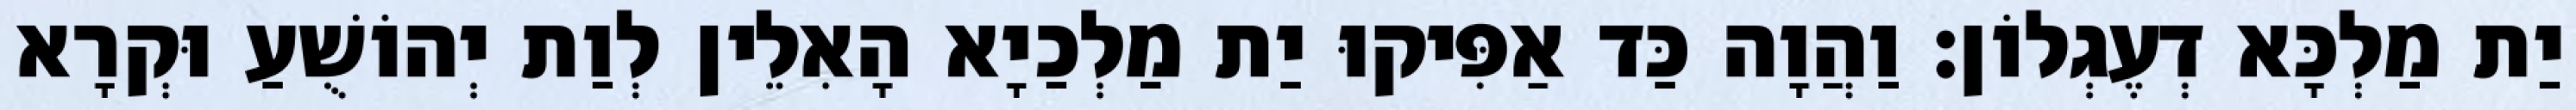
יַת מַלְכָּא דְעֶגְלוֹן׃ וַהֲוָה כַּד אַפִּיקוּ יַת מַלְכַיָא הָאִלֵין לְוַת יְהוֹשֻׁעַ וּקְרָא